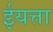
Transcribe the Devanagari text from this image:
ईयत्ता